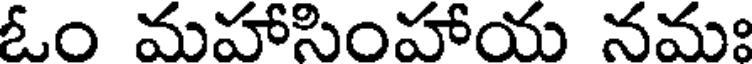
ఓం మహాసింహాయ నమః